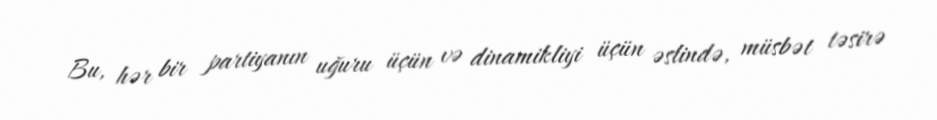
Bu, hər bir partiyanın uğuru üçün və dinamikliyi üçün əslində, müsbət təsirə